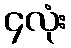
၄လုံး